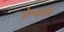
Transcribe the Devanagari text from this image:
हेल्थमंत्र